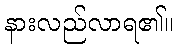
နားလည်လာရ၏။